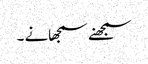
سمجھنے سمجھانے ۔